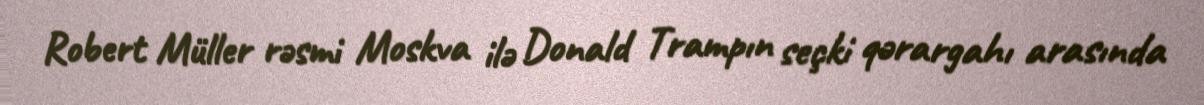
Robert Müller rəsmi Moskva ilə Donald Trampın seçki qərargahı arasında